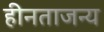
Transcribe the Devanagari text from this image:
हीनताजन्य